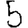
Digit: 5